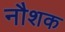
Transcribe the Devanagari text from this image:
नौशक